Annual report on the working of the mental hospitals in the Madras Presidency - 1912-1932
Year: 1912
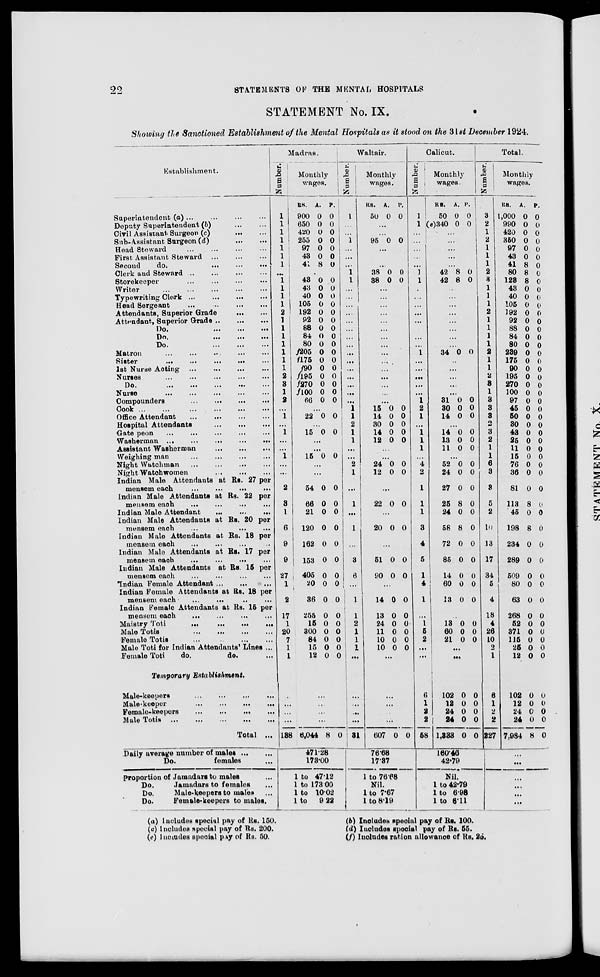
22
STATEMENTS OF THE MENTAL HOSPITALS
STATEMENT No. IX.
Showing the Sanctioned Establishment of the Mental Hospitals as it stood on the 31st December 1924.
Establishment.
Superintendent (a) ... ... ... ...
Deputy Superintendent (b) ... ...
Civil Assistant Surgeon (c)
...
...
Sub-Assistant Surgeon (d) ... ...
Head Steward ... ... ... ...
First Assistant Steward ... ... ...
Second
do. ... ... ...
Clerk and Steward ... ... ... ...
Storekeeper
...
...
...
...
Writer
...
...
...
...
...
Typewriting Clerk ... ... ... ...
Head Sergeant
...
...
...
...
Attendants, Superior Grade
...
...
Attendant, Superior Grade
...
...
...
Do.
...
...
...
Do.
...
...
...
Do.
...
...
...
Matron
...
...
...
...
...
Sister
...
...
...
...
...
1st Nurse Acting
...
...
...
...
Nurses
...
...
...
...
...
Do.
...
...
...
...
...
Nurse
...
...
...
...
...
Compounders
...
...
...
...
Cook
...
...
...
...
...
...
Office Attendant
...
...
...
...
Hospital Attendants ... ... ...
Gate peon ... ... ... ... ...
Washerman
...
...
...
...
...
Assistant Washerman
...
...
...
Weighing man
...
...
...
...
Night Watchman
...
...
...
...
Night Watch women ... ... ...
Indian Male Attendants at Rs. 27 per
mensem each
...
...
...
...
Indian Male Attendants at Rs. 22 per
mensem each ... ... ... ...
Indian Male Attendant
...
...
...
Indian Male Attendants at Rs. 20 per
mensem each ... ... ... ...
Indian Male Attendants at Rs. 18 per
mensem each ... ... ... ...
Indian Male Attendants at Rs. 17 per
mensem each
...
...
... ...
Indian Male Attendants at Rs. 15 per
mensem each ... ... ... ...
Indian Female Attendant ... ... ...
Indian Female Attendants at Rs. 18 per
mensem each. ... ... ... ...
Indian Female Attendants at Rs. 15 per
mensem each ... ... ... ...
Maistry Toti ... ... ... ...
Male Totis
...
...
...
...
Female Totis
...
...
...
...
Male Toti for Indian Attendants' Lines ...
Female Toti
do.
do. ...
Temporary Establishment.
Male-keepers
...
...
...
...
Male-keepoer
...
...
...
...
Female-keepers
...
...
...
...
Male Totis
...
...
...
...
...
Total ...
Daily average number of males
...
...
Do.
females ...
proportion of Jamadars
males ...
Do.
Jamadars to females ...
Do.
Male-keepers to males ...
Do.
Female-keepers to males.
Madras.
Number.
1
1
1
1
1
1
1
...
1
1
1
1
2
1
1
1
1
1
1
1
2
3
1
2
...
1
...
1
...
...
1
...
...
2
8
1
6
9
9
27
1
2
17
1
20
7
1
1
Monthly
wages.
RS.
900
650
420
255
97
43
41
A.
0
0
0
0
0
0
8
P.
0
0
0
0
0
0
0
...
43
43
40
105
192
92
88
84
80
f205
f175
f90
f195
f270
f100
66
0
0
0
0
0
0
0
0
0
0
0
0
0
0
0
0
0
0
0
0
0
0
0
0
0
0
0
0
0
0
0
0
...
22 0 0
...
15 0 0
...
...
15 0 0
...
...
54
66
21
120
162
153
405
20
36
255
15
300
84
15
12
0
0
0
0
0
0
0
0
0
0
0
0
0
0
0
0
0
0
0
0
0
0
0
0
0
0
0
0
0
0
...
...
...
...
138
...
...
...
...
6,044 8 0
471.28
173.00
1 to 47.12
1 to 173.00
1 to 10.02
1 to
9.22
Waltair.
Number.
1
...
...
1
...
...
...
1
1
...
...
...
...
...
...
...
...
...
...
...
...
...
...
...
1
1
2
1
1
...
...
2
1
...
1
...
1
...
3
6
...
1
1
2
1
1
1
...
...
...
...
...
31
Monthly
wages.
RS.
50
A.
0
P.
0
...
...
95 0 0
...
...
...
38
38
0
0
0
0
...
...
...
...
...
...
...
...
...
...
...
...
...
...
...
15
14
30
14
12
0
0
0
0
0
0
0
0
0
0
...
...
24
12
0
0
0
0
...
22 0 0
...
20 0 0
...
51
90
0
0
0
0
...
14
13
24
11
10
10
0
0
0
0
0
0
0
0
0
0
0
0
...
...
...
...
...
607 0 0
76.68
17.37
1 to 76.68
Nil.
1 to 7.67
1 to 8.19
Calicut.
Number.
1
1
...
...
...
...
...
1
1
...
...
...
...
...
...
...
...
...
...
...
...
...
...
1
2
1
...
1
1
1
...
4
2
1
1
1
3
4
5
1
4
1
...
1
5
2
...
...
6
1
2
2
58
Monthly
wages.
RS.
50
(e)340
A.
0
0
P.
0 0
...
...
...
...
...
42
42
8
8
0
0
...
...
...
...
...
...
...
...
34 0 0
...
...
...
...
...
31
30
14
0
0
0
0
0
0
...
14
13
11
0
0
0
0
0
0
...
52
24
27
25
24
58
72
85
14
60
13
0
0
0
8
0
8
0
0
0
0
0
0
0
0
0
0
0
0
0
0
0
0
...
13
60
21
0
0
0
0
0
0
...
...
102
12
24
24
1,333
0
0
0
0
0
0
0
0
0
0
160.46
42.79
Nil.
1 to 42.79
1 to 6.98
1 to 6.11
Total.
Number.
3
2
1
2
1
1
1
2
3
1
1
1
2
1
1
1
1
2
1
1
2
3
1
3
3
3
2
3
2
1
1
6
3
3
5
2
10
13
17
34
5
4
18
4
26
10
2
1
6
1
2
2
227
Monthly
wages.
RS.
1,000
990
420
350
97
43
43
80
123
43
40
105
192
92
88
84
80
239
175
90
195
270
100
97
45
50
30
43
25
11
15
76
36
81
113
45
198
234
289
509
80
63
268
52
371
115
25
12
A.
0
0
0
0
0
0
8
8
8
0
0
0
0
0
0
0
0
0
0
0
0
0
0
0
0
0
0
0
0
0
0
0
0
0
8
0
8
0
0
0
0
0
0
0
0
0
0
0
P.
0
0
0
0
0
0
0
0
0
0
0
0
0
0
0
0
0
0
0
0
0
0
0
0
0
0
0
0
0
0
0
0
0
0
0
0
0
0
0
0
0
0
0
0
0
0
0
0
102
12
24
24
7,984
0
0
0
0
8
0
0
0
0
0
...
...
...
...
...
...
(a) Includes special pay of Rs. 150.
(c) Includes special pay of Rs. 200.
(e) Includes special pay of Rs. 50.
(b) Includes special pay of Rs. 100.
(d) Includes special pay of Rs. 55.
(f) Includes ration allowance of Rs. 25.